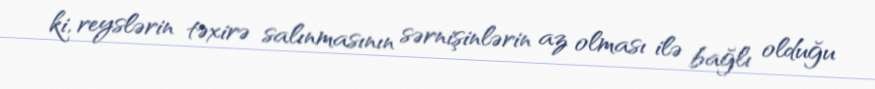
ki, reyslərin təxirə salınmasının sərnişinlərin az olması ilə bağlı olduğu